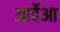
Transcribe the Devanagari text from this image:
आर्देआ